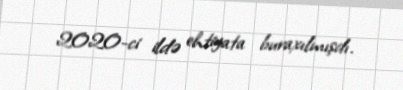
2020-ci ildə ehtiyata buraxılmışdı.